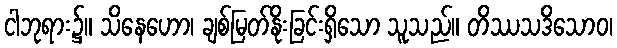
ငါဘုရား၌။ သိနေဟော၊ ချစ်မြတ်နိုးခြင်းရှိသော သူသည်။ တိဿသဒိသောဝ၊